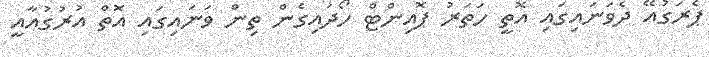
ޕެރަގުއޭ ދެވަނައިގައި އޮތީ ހަތަރު ޕޮއިންޓް ހޯދައިގެން ތިން ވަނައިގައި އޮތް އުރުގުއާއީ